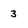
Character: 3